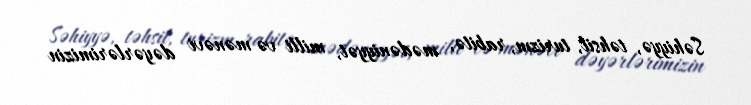
Səhiyyə, təhsil, turizm, rabitə, mədəniyyət, milli və mənəvi dəyərlərimizin